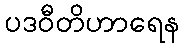
ပဒဝီတိဟာရေန